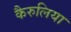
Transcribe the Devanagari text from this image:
कैरुलिया